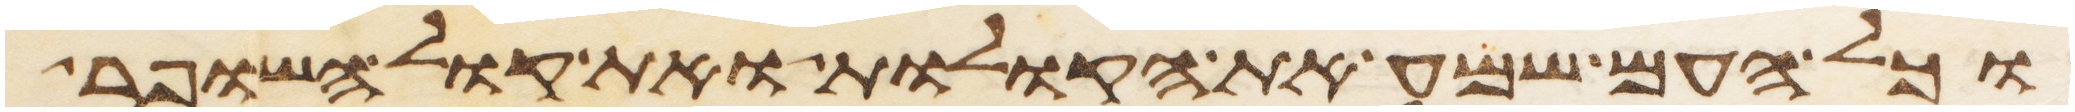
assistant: וכל העם שמע את הקולות ואת קול השופר